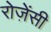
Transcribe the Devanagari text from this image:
रोज़ेंसी